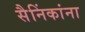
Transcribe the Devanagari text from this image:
सैनिंकांना